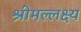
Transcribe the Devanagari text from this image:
श्रीमल्लक्ष्य